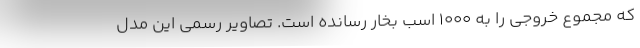
که مجموع خروجی را به 1000 اسب بخار رسانده است. تصاویر رسمی این مدل